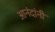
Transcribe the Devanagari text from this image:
आनंदांनी